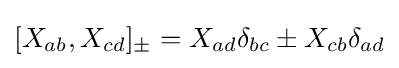
[X_{ab},X_{cd}]_{\pm }=X_{ad}\delta _{bc}\pm X_{cb}\delta _{ad}